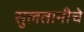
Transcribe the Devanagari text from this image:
सुलतानीचे